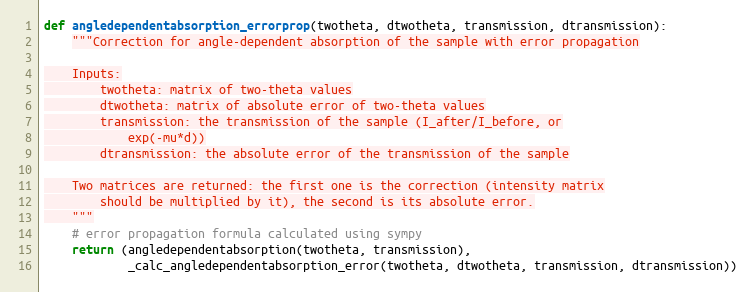
Language: Python
def angledependentabsorption_errorprop(twotheta, dtwotheta, transmission, dtransmission):
    """Correction for angle-dependent absorption of the sample with error propagation

    Inputs:
        twotheta: matrix of two-theta values
        dtwotheta: matrix of absolute error of two-theta values
        transmission: the transmission of the sample (I_after/I_before, or
            exp(-mu*d))
        dtransmission: the absolute error of the transmission of the sample

    Two matrices are returned: the first one is the correction (intensity matrix
        should be multiplied by it), the second is its absolute error.
    """
    # error propagation formula calculated using sympy
    return (angledependentabsorption(twotheta, transmission),
            _calc_angledependentabsorption_error(twotheta, dtwotheta, transmission, dtransmission))